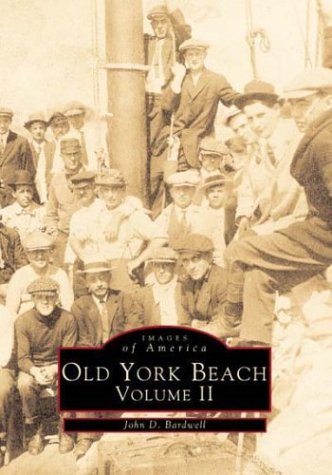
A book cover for Old York Beach, Maine (Images of America (Arcadia Publishing)); John D. Bardwell; Travel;